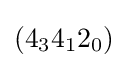
(4_{3}4_{1}2_{0})